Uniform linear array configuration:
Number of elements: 48
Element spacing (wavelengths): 1
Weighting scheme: kaiser
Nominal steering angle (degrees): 60
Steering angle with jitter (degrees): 59.895
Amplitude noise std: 0.05
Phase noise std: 0.05

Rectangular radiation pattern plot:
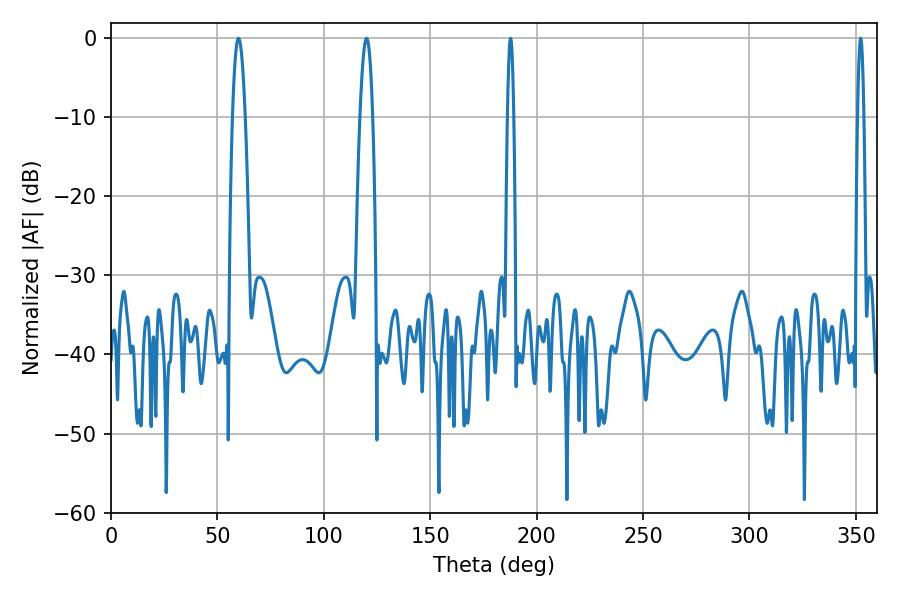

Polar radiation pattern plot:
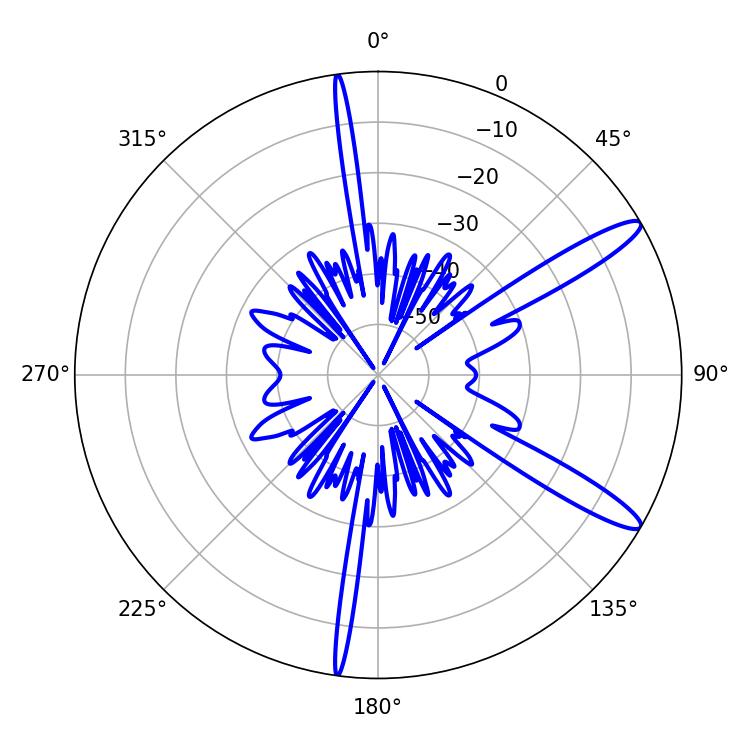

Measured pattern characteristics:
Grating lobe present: TRUE
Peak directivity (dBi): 13.024
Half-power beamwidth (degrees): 1.44
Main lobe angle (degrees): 352.26